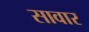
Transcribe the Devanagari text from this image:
सावार